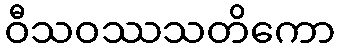
ဝီသဝဿသတိကော